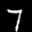
Label: 7